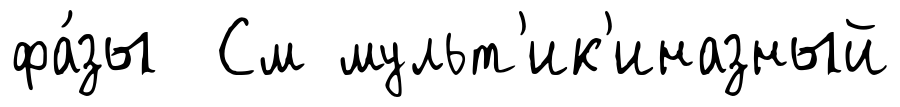
фа́зы См мульт'ик'иназный